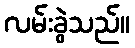
လမ်းခွဲသည်။